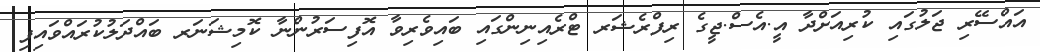
އައްސޭރި ޖަލުގައި ކުރިއަށްދާ އީ.އެސް.ޖީގެ ރިފްރެޝަރ ޓްރެއިނިންގައި ބައިވެރިވާ އޮފިސަރުންނާ ކޮމިޝަނަރ ބައްދަލުކުރައްވައިފި